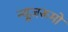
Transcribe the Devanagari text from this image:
न्यूज़रूमों